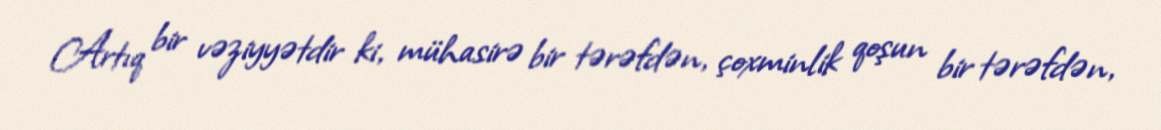
Artıq bir vəziyyətdir ki, mühasirə bir tərəfdən, çoxminlik qoşun bir tərəfdən,